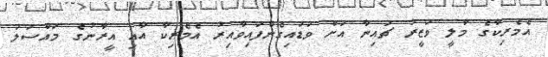
އެމެރިކާގެ މާލީ ވަޒީރު ޗައިނާ އަށް ވަޑައިގެންފައިވާއިރު އެމެރިކާ އާއި އީރާނުގެ މައްސަލަ